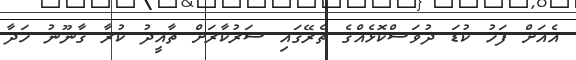
އެއަށް ފަހު ކުޑަ ދުވަސްކޮޅެއްގެ ތެރޭގައި ސަރުކާރަށް ތާއީދު ކުރާ ގާނޫނު ހަދާ